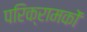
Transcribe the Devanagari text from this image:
परिक्रामकों